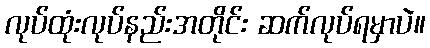
လုပ်ထုံးလုပ်နည်းအတိုင်း ဆက်လုပ်ရမှာပဲ။